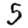
Digit: 5